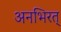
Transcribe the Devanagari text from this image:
अनभिरत्